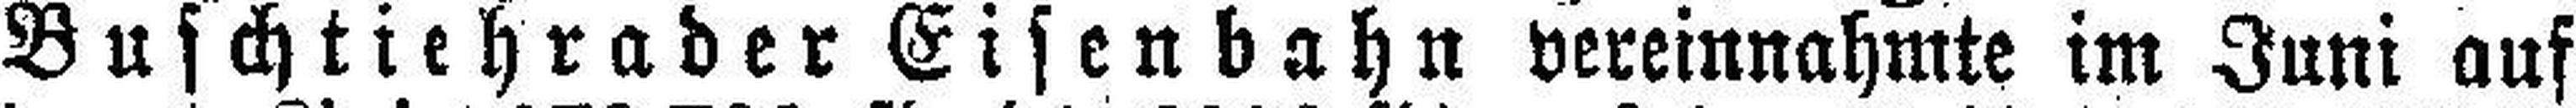
Buschtiehrader Eisenbahn vereinnahmte im Juni auf